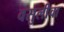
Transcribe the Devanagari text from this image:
वसुलीचा